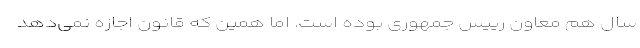
سال هم معاون رییس جمهوری بوده است. اما همین که قانون اجازه نمی‌دهد